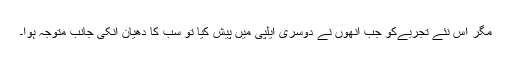
مگر اِس نئے تجربےکو جب اُنھوں نے دُوسری ایلپی میں پیش کِیا تو سب کا دھْیان اُنکی جانب متوجہ ہوا۔